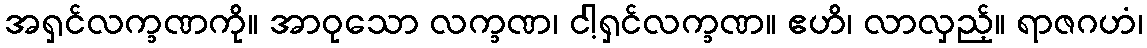
အရှင်လက္ခဏကို။ အာဝုသော လက္ခဏ၊ ငါ့ရှင်လက္ခဏ။ ဧဟိ၊ လာလှည့်။ ရာဇဂဟံ၊